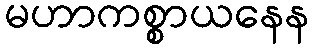
မဟာကစ္စာယနေန